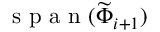
\mathrm { ~ s ~ p ~ a ~ n ~ } ( \widetilde { \Phi } _ { i + 1 } )